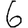
Digit: 6